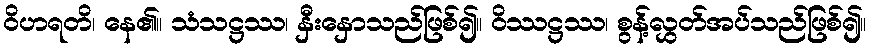
ဝိဟရတိ၊ နေ၏။ သံသဋ္ဌဿ၊ နှီးနှောသည်ဖြစ်၍။ ဝိဿဋ္ဌဿ၊ စွန့်လွှတ်အပ်သည်ဖြစ်၍။